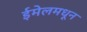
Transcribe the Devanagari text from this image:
ईमेलमधून